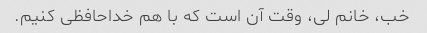
خب، خانم لی، وقت آن است که با هم خداحافظی کنیم.